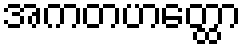
အကတဟတ္ထော